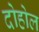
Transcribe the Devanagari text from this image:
दोहोल